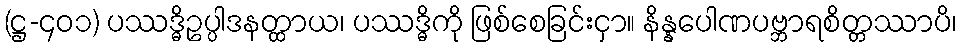
(ဋ္ဌ-၄၀၁) ပဿဒ္ဓိဥပ္ပါဒနတ္ထာယ၊ ပဿဒ္ဓိကို ဖြစ်စေခြင်းငှာ။ နိန္နပေါဏပဗ္ဘာရစိတ္တဿာပိ၊